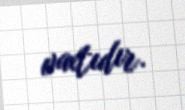
vaxtıdır.